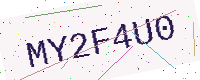
Text: MY2F4U0